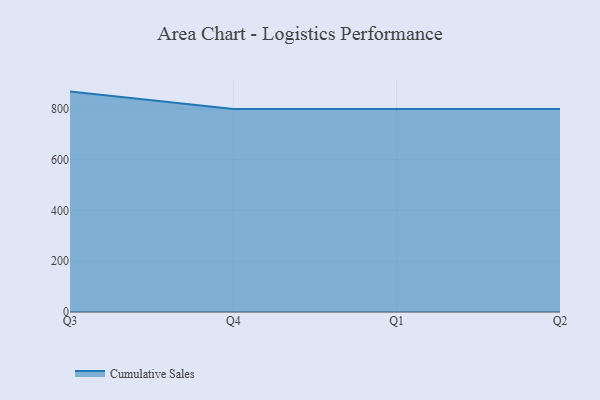
{"axis": {"x": "Quarter", "y": "Humidity (%)"}, "legend": ["Cumulative Sales"], "data": [{"x": "Q3", "y": 868.2, "type": "Cumulative Sales"}, {"x": "Q4", "y": 800, "type": "Cumulative Sales"}, {"x": "Q1", "y": 800, "type": "Cumulative Sales"}, {"x": "Q2", "y": 800, "type": "Cumulative Sales"}]}